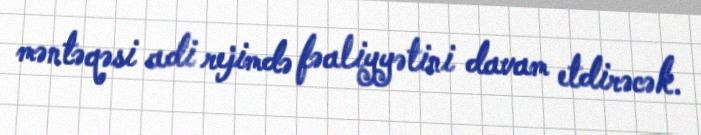
məntəqəsi adi rejimdə fəaliyyətini davam etdirəcək.